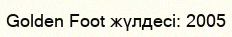
Golden Foot жүлдесі: 2005